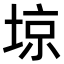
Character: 𡌿